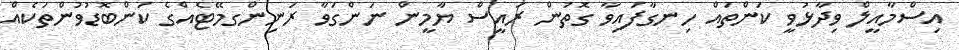
އިސްމާއީލް ވިދާޅުވީ ކަންތައް ހިނގާފައިވާ ގޮތުން ރައީސް ޔާމީން ނަންގަވާ ރަނިންގމޭޓެއްގެ ކަންބޮޑުވުންތަކެއް